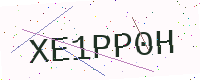
Text: XE1PP0H